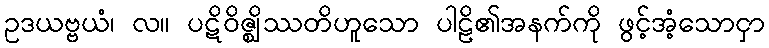
ဥဒယဗ္ဗယံ၊ လ။ ပဋိဝိဇ္ဈိဿတိဟူသော ပါဠိ၏အနက်ကို ဖွင့်အံ့သောငှာ